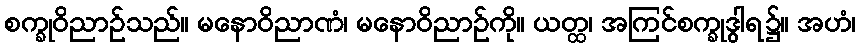
စက္ခုဝိညာဉ်သည်။ မနောဝိညာဏံ၊ မနောဝိညာဉ်ကို။ ယတ္ထ၊ အကြင်စက္ခုဒွါရ၌။ အဟံ၊